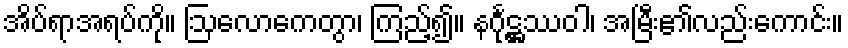
အိပ်ရာအရပ်ကို။ ဩလောကေတွာ၊ ကြည့်၍။ နင်္ဂုဋ္ဌဿဝါ၊ အမြီး၏လည်းကောင်း။